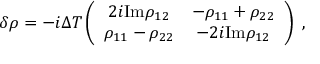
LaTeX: \delta \rho = - i \Delta T \left( \begin{array} { c c } { { 2 i \mathrm { I m } \rho _ { 1 2 } } } & { { - \rho _ { 1 1 } + \rho _ { 2 2 } } } \\ { { \rho _ { 1 1 } - \rho _ { 2 2 } } } & { { - 2 i \mathrm { I m } \rho _ { 1 2 } } } \end{array} \right) \ ,